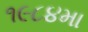
૧૯૮૪મા